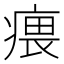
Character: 㾯